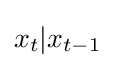
{\textstyle x_{t}|x_{t-1}}